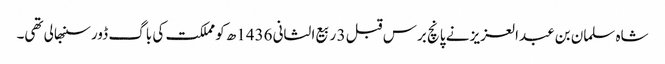
شاہ سلمان بن عبدالعزیز نے پانچ برس قبل 3 ربیع الثانی 1436ھ کو مملکت کی باگ ڈور سنبھالی تھی۔